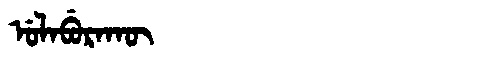
Manchu: ᡠᠯᠠᠪᡠᡵᠠᡴᡡ
Romanization: ULABURAKŪ